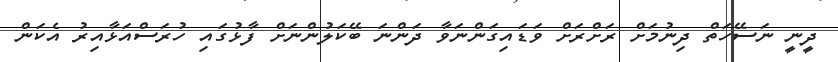
ދީނީ ނަސޭހަތް ދިނުމަށް ރަށްރަށް ވަޑައިގަންނަވާ ދަންނަ ބޭކަލުންނަށް ފާޅުގައި ހުރަސްއަޅާއިރު އެކަން